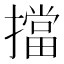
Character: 擋